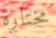
مختارة